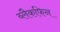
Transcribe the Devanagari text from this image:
ब्लैकफिन